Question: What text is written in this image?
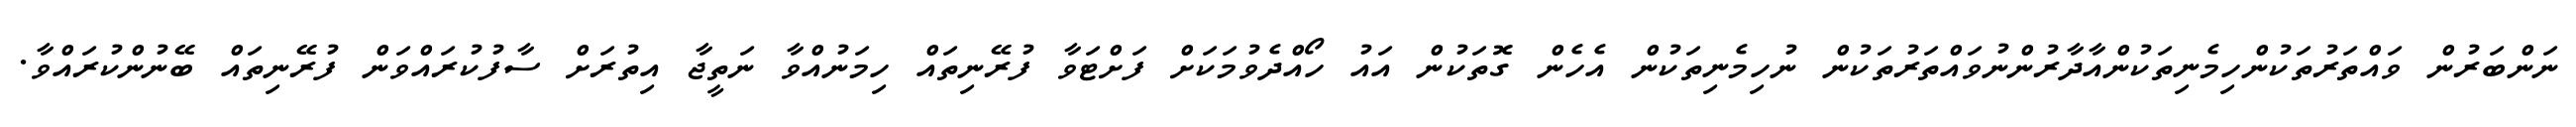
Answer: ނަންބަރުން ވައްތަރުތަކުންހިމެނިތަކުންއާދާރުންނުވައްތަރުތަކުން ނުހިމެނިތަކުން އެހެން ގޮތަކުން އައު ހޯއްދެވުމަކަށް ފަށްޓަވާ ފުރޭނިތައް ހިމަނުއްވާ ނަތީޖާ އިތުރަށް ސާފުކުރައްވަން ފުރޭނިތައް ބޭނުންކުރައްވާ.